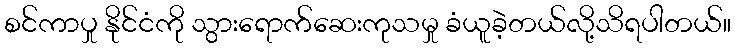
စင်ကာပှု နိုင်ငံကို သွားရောက်ဆေးကုသမှု ခံယူခဲ့တယ်လို့သိရပါတယ်။